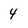
Character: 4